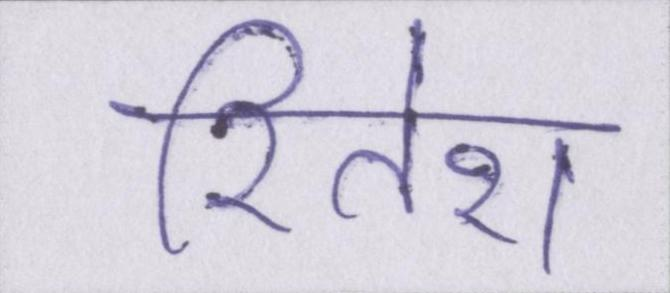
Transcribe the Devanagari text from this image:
रितेश